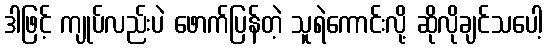
ဒါဖြင့် ကျုပ်လည်းပဲ ဖောက်ပြန်တဲ့ သူရဲကောင်းလို့ ဆိုလိုချင်သပေါ့